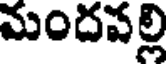
మందవల్లి